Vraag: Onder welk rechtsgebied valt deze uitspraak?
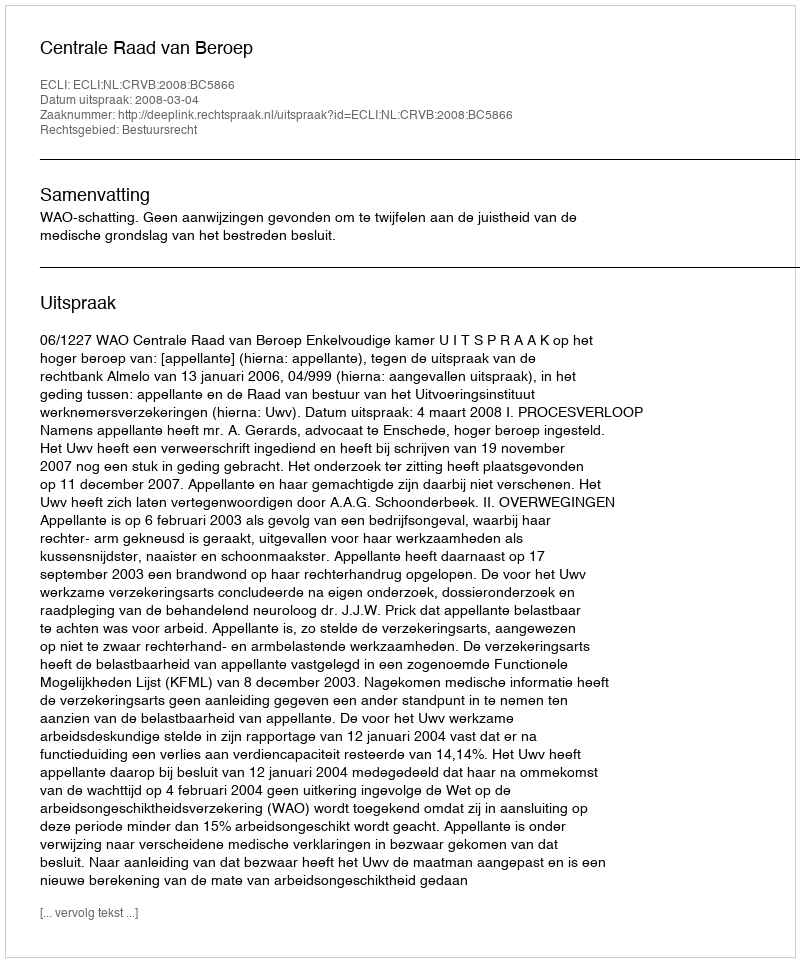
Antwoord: Bestuursrecht